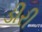
ડીરી